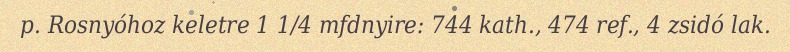
p. Rosnyóhoz keletre 1 1/4 mfdnyire: 744 kath., 474 ref., 4 zsidó lak.